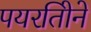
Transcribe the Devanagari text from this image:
पयरतिोने